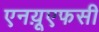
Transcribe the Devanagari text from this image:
एनय़ूएफसी